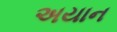
અયાન